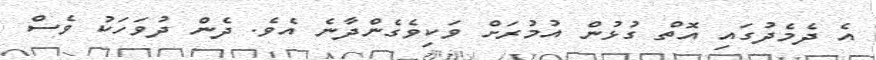
އެ ދެމެދުގައި އޮތް ގުޅުން އުމުރަށް ވަކިވެގެންދާނެ އެވެ. ދެން ދުވަހަކު ވެސް